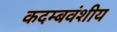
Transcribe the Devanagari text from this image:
कदम्बवंशीय